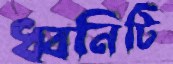
ধ্বনিটি